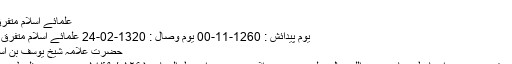
...
علمائے اسلام متفرق 542 مزید
یوم پیدائش : 1260-11-00 یوم وصال : 1320-02-24 علمائے اسلام متفرق 1587 مزید
حضرت علامہ شیخ یوسف بن اسماعیل نبہانی
حضرت علامہ شیخ یوسف بن اسماعیل نبہانی رحمۃ اللہ تعالیٰ علیہ حضرت علامہ یوسف بن اسمٰعیل النبہانی ۱۲۶۵ھ/ ۱۸۴۹ء میں رجزم، فلسطین میں پیدا ہوئے۔